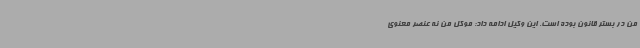
من در بستر قانون بوده است. این وکیل ادامه داد: موکل من نه عنصر معنوی